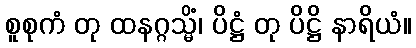
စူစုကံ တု ထနဂ္ဂသ္မိံ၊ ပိဋ္ဌံ တု ပိဋ္ဌိ နာရိယံ။